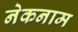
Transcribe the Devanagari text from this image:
नेकनाम